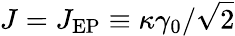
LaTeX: J=J_{\mathrm{EP}}\equiv\kappa\gamma_{0}/\sqrt{2}